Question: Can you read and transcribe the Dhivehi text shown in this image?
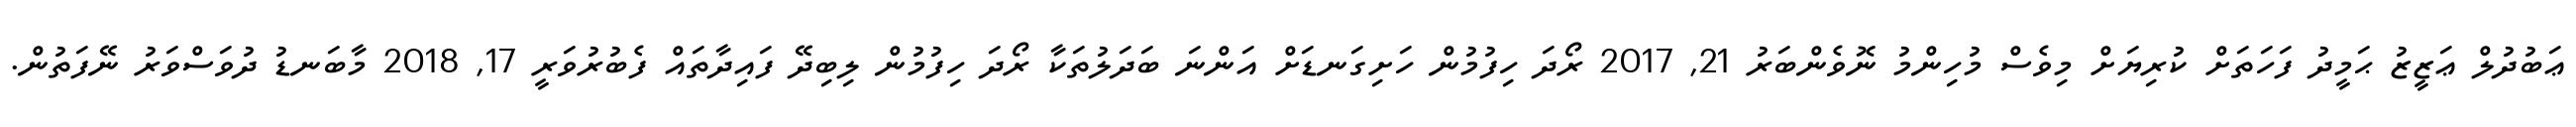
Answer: ޢަބުދުލް ޢަޒީޒު ޙަމީދު ފަހަތަށް ކުރިޔަށް މިވެސް މުހިންމު ނޮވެންބަރު 21, 2017 ރޯދަ ހިފުމުން ހަށިގަނޑަށް އަންނަ ބަދަލުތަކާ ރޯދަ ހިފުމުން ލިބިދޭ ފައިދާތައް ފެބުރުވަރީ 17, 2018 މާބަނޑު ދުވަސްވަރު ނޭފަތުން.